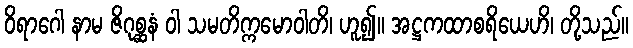
ဝိရာဂေါ နာမ ဇိဂုစ္ဆနံ ဝါ သမတိက္ကမောဝါတိ၊ ဟူ၍။ အဋ္ဌကထာစရိယေဟိ၊ တို့သည်။